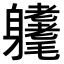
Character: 𨊜